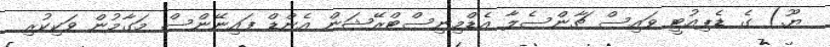
ޔޫ.) ގެ ޑެޕިއުޓީ ވައިސް ޗާންސެލާ އެޑްމިނިސްޓްރޭޝަން އެންޑް ފައިނޭންސް މަގާމުން ވަކިކުރި